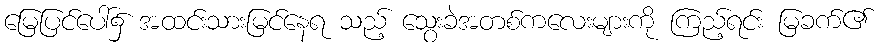
မြေပြင်ပေါ်၌ အထင်းသားမြင်နေရ သည့် သွေးခဲအတစ်ကလေးများကို ကြည့်ရင်း မြခက်၏